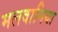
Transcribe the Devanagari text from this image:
मलवानिया